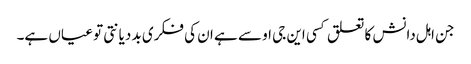
جن اہل دانش کا تعلق کسی این جی او سے ہے ان کی فکری بد دیانتی تو عیاں ہے۔